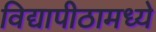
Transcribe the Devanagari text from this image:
विद्यापीठामध्‍ये